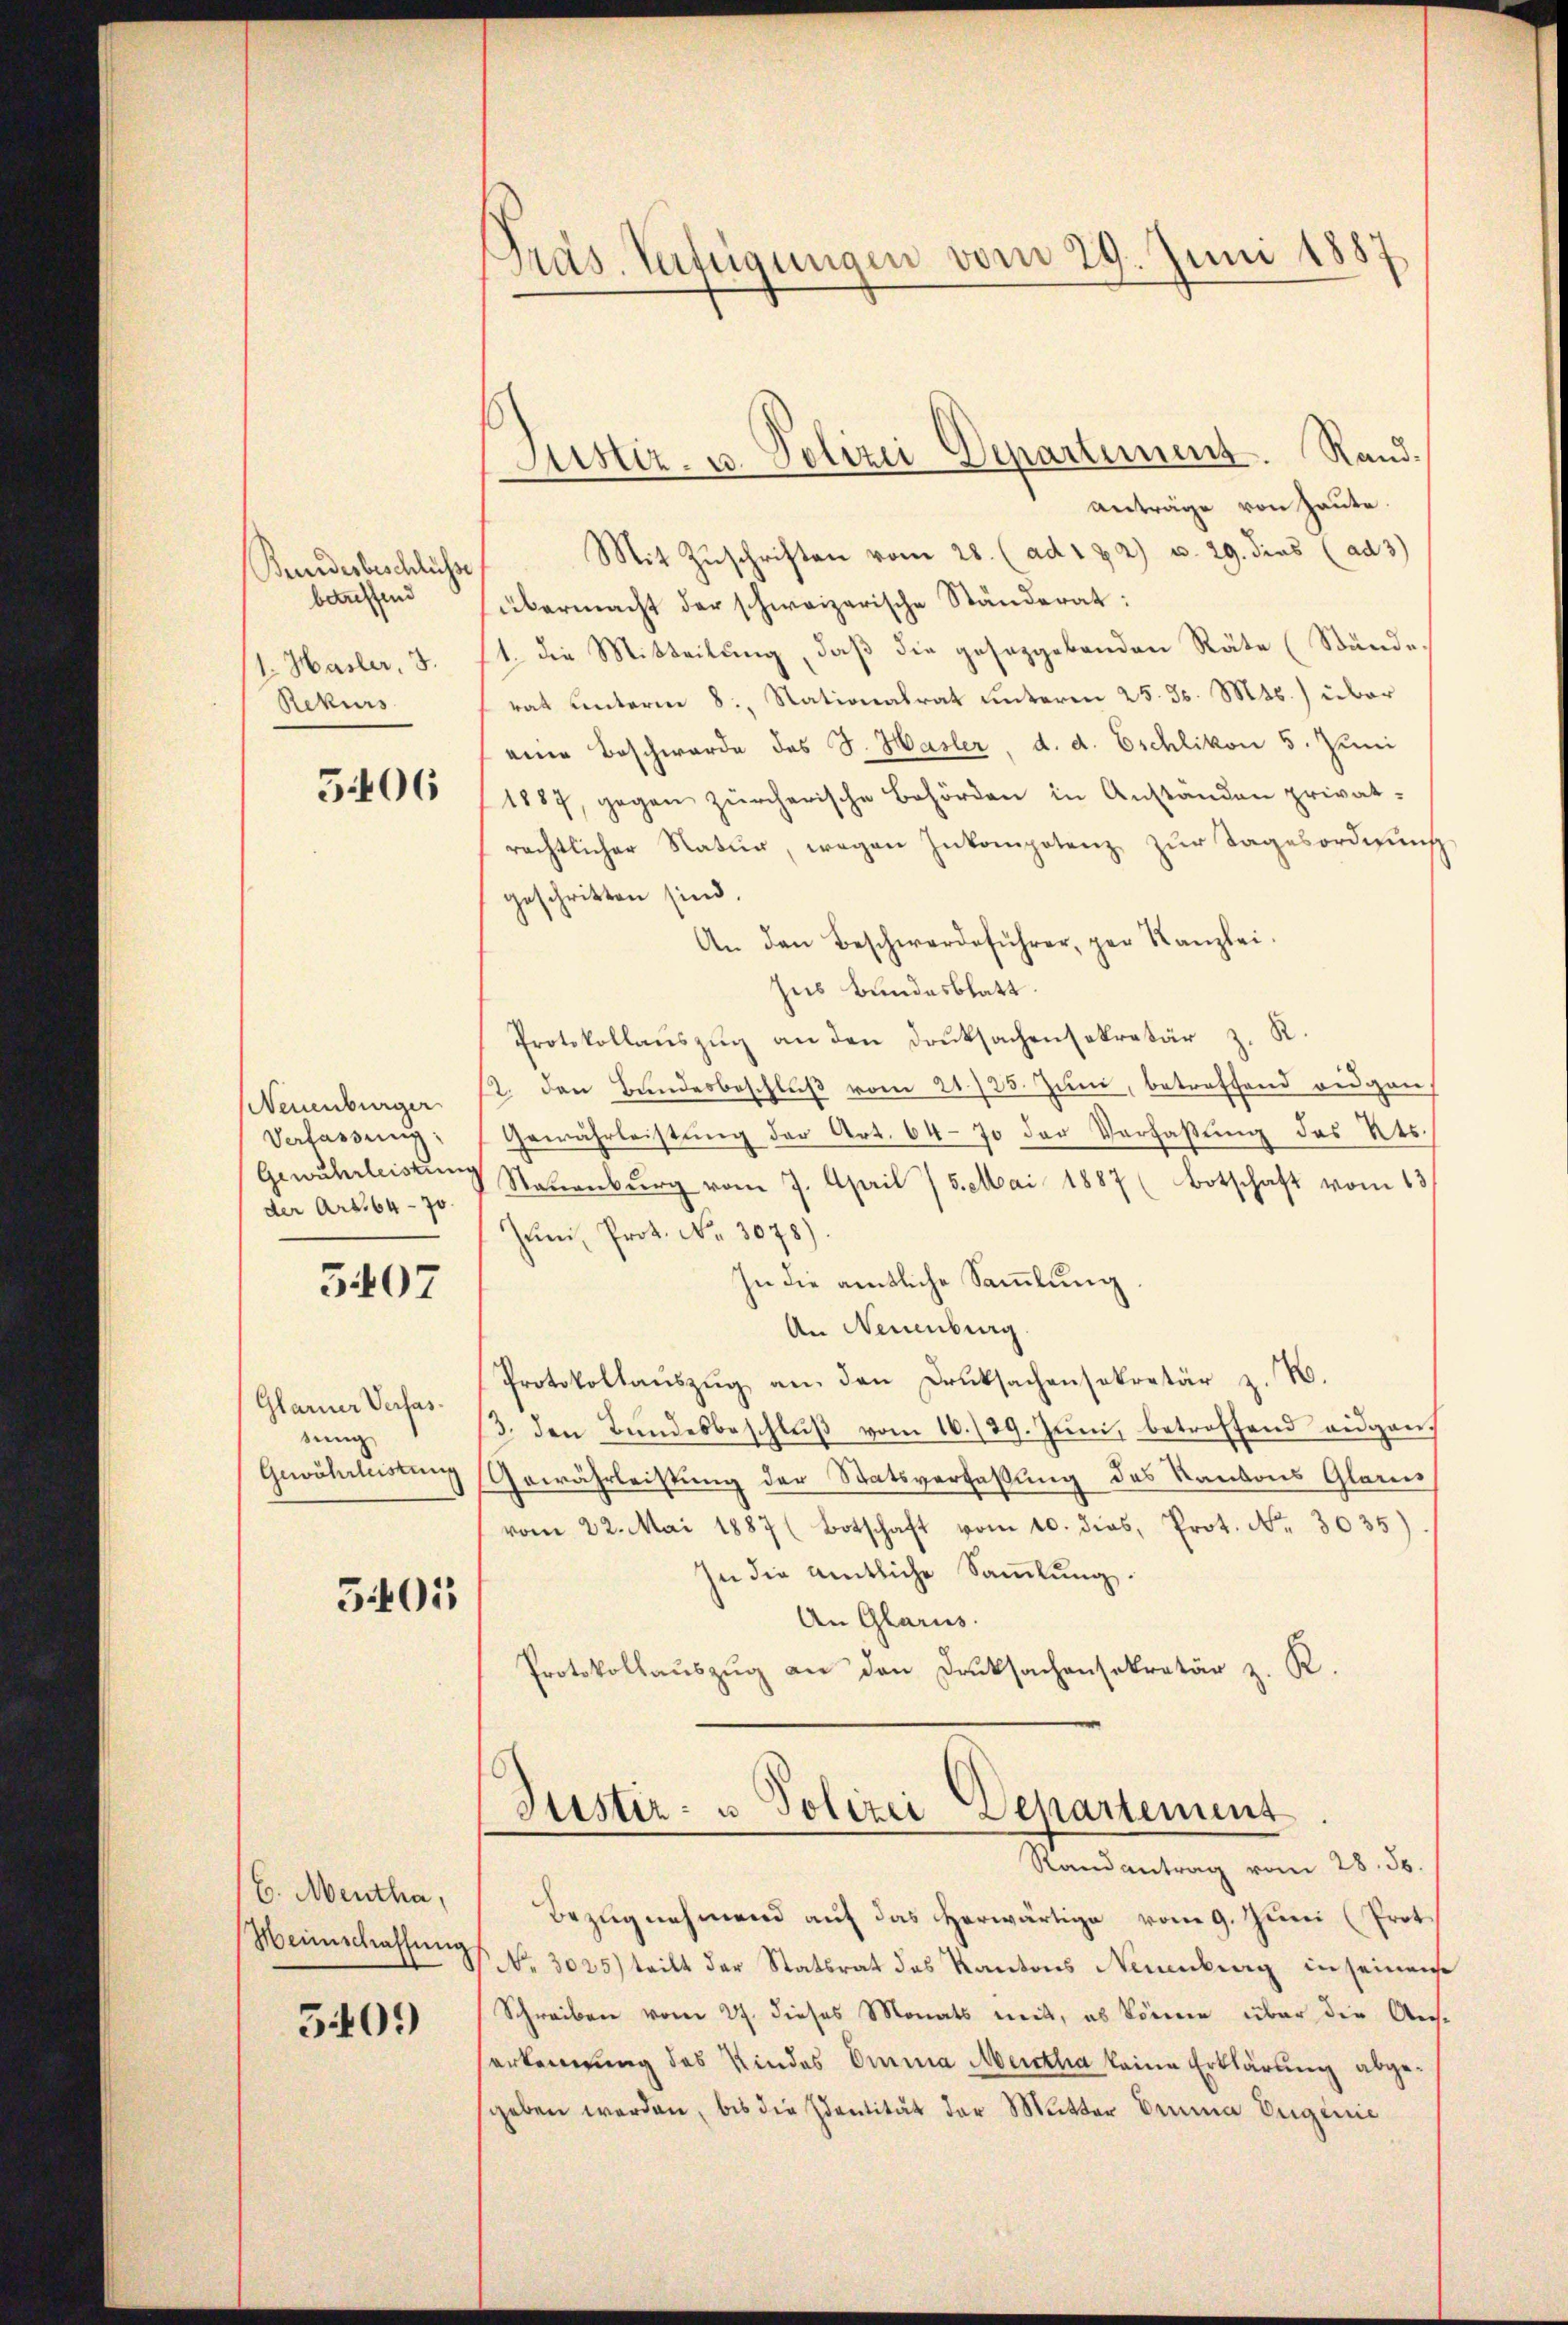
Bundesbeschlüsse
betreffend
1. Hasler, 3.
Rekurs

5406

(Neuenburger
Verfassung.
Gewuhrleistung
der Art. 64 - 70.

5407

Glarner Verfassung
Gewährleistung

3401

E. Mentha,
Heinschaffung

5409)

Präs. Verfügungen vom 29. Juni 1887

anträge von Haute.
Mit Zŭschriften vom 28. (ad 1 & 2) u. 29. ders (ad 3)
übermacht der schweizerische Ständerat:
1. Die Mitteilung, daß die gesetzgebenden Räte (Stände.
rat unterm 8. Stationalrat unterm 25. ds. Mts.) über
eine Beschwerde des J. Hasler, d. d. Eschlikon 5. Juni
1887, gegen zürcherische Behörden in Anständen privat-
rechtlicher Natur, wegen Inkompotenz zŭr Tagesordnŭng
geschritten sind.
An den Beschwerdeführer, per Kanzlei.
Ins Bundesblatt.
Protokollaŭszŭg an den Druksachensekretär z. R.
12. den Bundesbeschlŭβ vom 21./25. Juni, betreffend augen
Gewährleistung der Art. 64 - 70 der Verfaßung des Kts.
Stauenburg vom 7. April / 5. Mai 1887 (Botschaft vom 13.
hen, Prot. No. 3078)
In die amtliche Sammlung
An Neuenburg
Protokollaŭszŭg an den Druksachensekretär z. B.
13. den Bundesbeschluß vom 16./29. Juni, betreffend eidgen.
Gewährleistung der Statsverfaßung des Kantons Glarus
vom 22. Mai 1887 (Botschaft vom 10. dies, Prot. No. 3035)
jn die amtliche Sammlung.
An Glarus.
Protokollauszug an den Druksachensekretär z. R.

Justiz, u. Polizei Departement. Rand.

Justiz- u Polizei Departement
Randantrag vom 28. 58.

Bezugnehmend auf das herwärtige vom 9. Juni (Prot.
No 3025) teilt der Statsrat des Kantons Neuenburg in seinen
Schreiben vom 27. dieses Monats weit, es könne über den Aus-
erkennung des Kindes Emma Metha keine Erklärung abgegeben werden, bis die Identität der Mutter Benia Eugenie